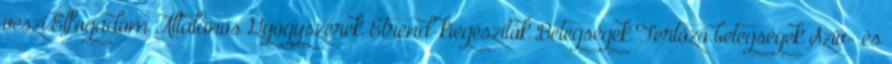
veszi.Elfogadom Általános Gyógyszerek Étrend-kiegészítők Betegségek Fertőző betegségek Szív- és